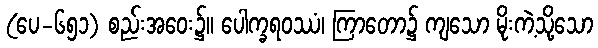
(ပေ-၆၅၁) စည်းအဝေး၌။ ပေါက္ခရဝဿံ၊ ကြာတော၌ ကျသော မိုးကဲ့သို့သော